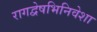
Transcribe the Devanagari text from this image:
रागद्वेषभिनिवेशा